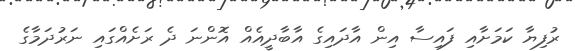
ރުފިޔާ ކަމަށާއި ފައިސާ އިން އާދައިގެ އާބާދީއެއް އޮންނަ ދެ ރަށެއްގައި ނަރުދަމާގެ